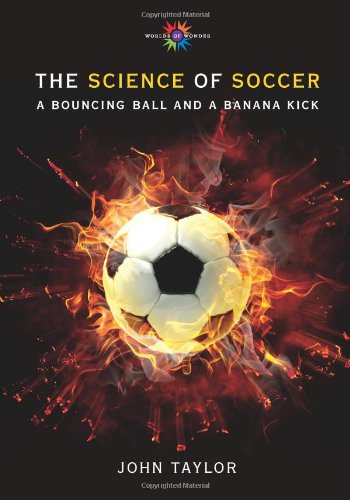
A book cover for The Science of Soccer: A Bouncing Ball and a Banana Kick (Barbara Guth Worlds of Wonder Science Series for Young Readers); John Taylor; Teen & Young Adult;